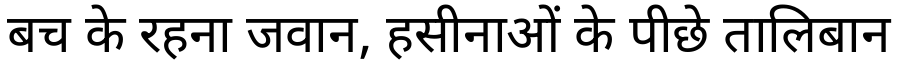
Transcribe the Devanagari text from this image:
बच के रहना जवान, हसीनाओं के पीछे तालिबान